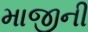
માજીની